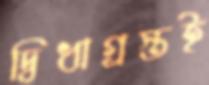
দ্বিধাগ্রস্তই